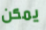
يمكن